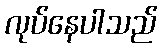
လုပ်နေပါသည်